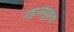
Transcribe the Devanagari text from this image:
महासमूहाचा